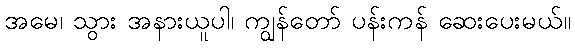
အမေ၊ သွား အနားယူပါ၊ ကျွန်တော် ပန်းကန် ဆေးပေးမယ်။